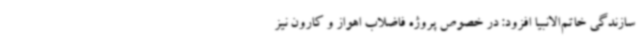
سازندگی خاتم‌الانبیا افزود: در خصوص پروژه فاضلاب اهواز و کارون نیز